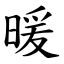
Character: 暖